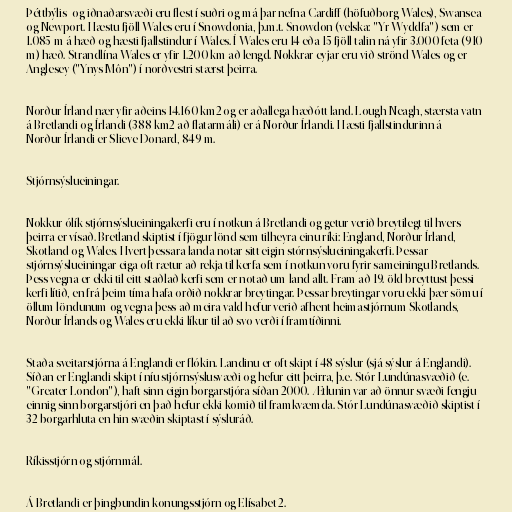
Þéttbýlis- og iðnaðarsvæði eru flest í suðri og má þar nefna Cardiff (höfuðborg Wales), Swansea
og Newport. Hæstu fjöll Wales eru í Snowdonia, þ.m.t. Snowdon (velska: "Yr Wyddfa") sem er
1.085 m á hæð og hæsti fjallstindur í Wales. Í Wales eru 14 eða 15 fjöll talin ná yfir 3.000 feta (910
m) hæð. Strandlína Wales er yfir 1.200 km að lengd. Nokkrar eyjar eru við strönd Wales og er
Anglesey ("Ynys Môn") í norðvestri stærst þeirra.

Norður-Írland nær yfir aðeins 14.160 km2 og er aðallega hæðótt land. Lough Neagh, stærsta vatn
á Bretlandi og Írlandi (388 km2 að flatarmáli) er á Norður-Írlandi. Hæsti fjallstindurinn á
Norður-Írlandi er Slieve Donard, 849 m.

Stjórnsýslueiningar.

Nokkur ólík stjórnsýslueiningakerfi eru í notkun á Bretlandi og getur verið breytilegt til hvers
þeirra er vísað. Bretland skiptist í fjögur lönd sem tilheyra einu ríki: England, Norður-Írland,
Skotland og Wales. Hvert þessara landa notar sitt eigin stórnsýslueiningakerfi. Þessar
stjórnsýslueiningar eiga oft rætur að rekja til kerfa sem í notkun voru fyrir sameiningu Bretlands.
Þess vegna er ekki til eitt staðlað kerfi sem er notað um land allt. Fram að 19. öld breyttust þessi
kerfi lítið, en frá þeim tíma hafa orðið nokkrar breytingar. Þessar breytingar voru ekki þær sömu í
öllum löndunum og vegna þess að meira vald hefur verið afhent heimastjórnum Skotlands,
Norður-Írlands og Wales eru ekki líkur til að svo verði í framtíðinni.

Staða sveitarstjórna á Englandi er flókin. Landinu er oft skipt í 48 sýslur (sjá sýslur á Englandi).
Síðan er Englandi skipt í níu stjórnsýslusvæði og hefur eitt þeirra, þ.e. Stór-Lundúnasvæðið (e.
"Greater London"), haft sinn eigin borgarstjóra síðan 2000. Ætlunin var að önnur svæði fengju
einnig sinn borgarstjóri en það hefur ekki komið til framkvæmda. Stór-Lundúnasvæðið skiptist í
32 borgarhluta en hin svæðin skiptast í sýsluráð.

Ríkisstjórn og stjórnmál.

Á Bretlandi er þingbundin konungsstjórn og Elísabet 2.